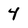
Character: 4